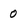
Character: 0